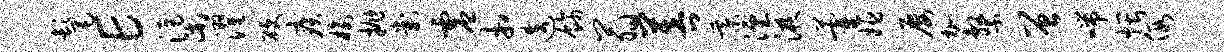
髦E渠濯硬疾榆抛判虚相迭饰翁菩綦湮液藿姬屡加系曾喘煨假